Civil Veterinary Dept. Bombay admin report 1900-1906 - 1900-1906
Year: 1900
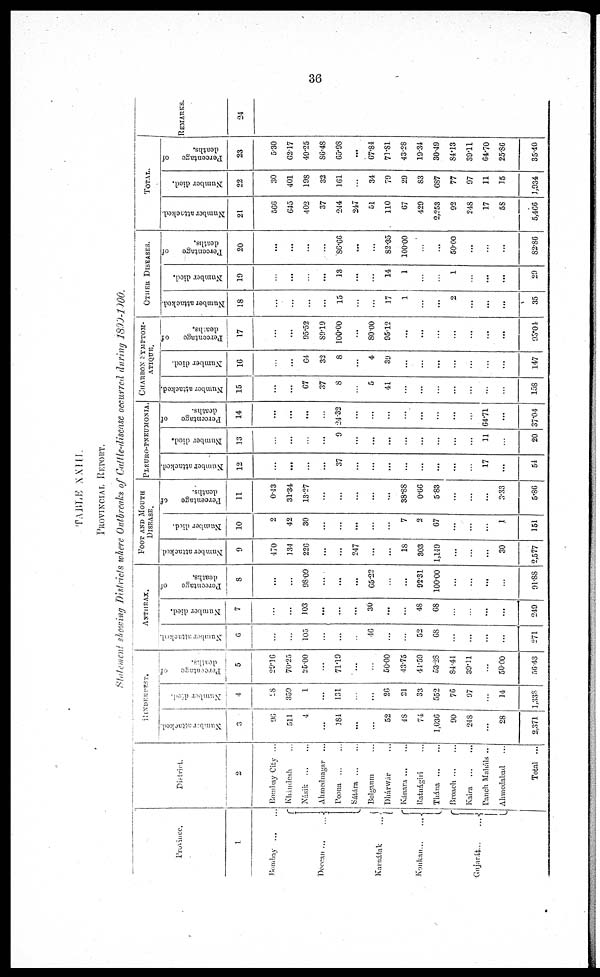
36
TABLE XXIII.
PROVINCIAL REPORT.
Statement showing Districts where Outbreaks of Cattle-discase occurred during 1899-1900.
Province.
1
Bombay
... ...
Deccan ... ...
Karnátak ...
Konkan... ...
Gujarát... ...
District.
2
Bombay City ..
Khandesh ...
Násik
...
...
Ahmednagar ...
Poona ... ...
Sátára
...
...
Belganm ...
Dhárwár ...
Kánara
...
...
Ratnágiri ...
Thána ... ...
Broach
...
...
Kaira
...
...
Panch Maháls ...
Ahmedabad ...
Total ...
RINDERPEST.
Number attacked.
3
96
511
4
...
184
...
...
52
48
74
1,036
90
248
...
28
2,371
Number died.
4
28
359
1
...
131
...
26
21
33
552
76
97
...
14
1,338
Percentage of
deaths.
5
29.16
70-25
25.00
...
71.19
...
...
50.00
43.75
41.59
53.28
84.44
39.11
...
50.00
56.43
ANTHRAX.
Number attacked.
6
...
...
105
...
...
46
...
...
52
68
...
...
...
...
271
Number died.
7
...
...
103
...
...
...
30
...
...
48
68
...
...
...
...
249
Percentage of
deaths.
8
...
...
98.09
...
...
...
65.22
...
...
92.31
100.00
...
...
...
...
91.88
FOOT AND MOUTH
DISEASES.
Number attacked.
9
470
134
226
...
...
247
...
...
18
303
1,149
...
...
...
30
2,577
Number died.
10
2
42
30
...
...
...
...
7
2
67
...
...
...
1
151
Percentage
of
deaths.
11
0.43
31.34
13.27
...
...
...
...
...
38.88
0.66
583
...
...
...
3.33
5.86
PLEURO-PNEUMONIA.
Number attacked.
12
...
...
...
...
37
...
...
...
...
...
...
...
...
17
...
51
Number died.
13
...
...
...
...
9
...
...
...
...
...
...
...
...
11
...
20
Percentage of
deaths.
14
...
...
...
...
24.32
...
...
...
...
...
...
...
...
64.71
...
37.04
CHARBON SYMPTOM-
ATIQUE.
Number attacked.
15
...
...
67
37
8
...
5
41
...
...
...
...
...
...
...
158
Number died.
16
...
...
64
32
8
...
4
39
...
...
...
...
...
...
...
147
Percentage
of
deaths.
17
...
...
95.52
89.19
100.00
...
80.00
95.12
...
...
...
...
...
...
...
93.04
OTHER DISEASES.
Number attacked.
18
...
...
...
...
15
...
...
17
1
...
...
2
...
...
...
35
Number died.
19
...
...
...
13
...
...
14
1
...
...
1
...
...
...
29
Percentage of
deaths.
20
...
...
...
...
86.66
...
...
82.35
100.00
...
...
50.00
...
...
...
82.86
TOTAL.
Nu mb e r attacked.
21
566
645
402
37
244
247
51
110
67
429
2,253
92
248
17
58
5,466
Number died.
22
30
401
198
32
161
...
34
79
29
83
687
77
97
11
15
1,934
Percentage of
deaths.
23
5.30
62.17
49.25
86.48
65.98
...
67.84
71.81
43.28
19.34
30.49
84.13
39.11
64.70
25.86
35.40
REMARKS.
24